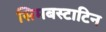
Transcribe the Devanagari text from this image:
सिमबस्टाटिन